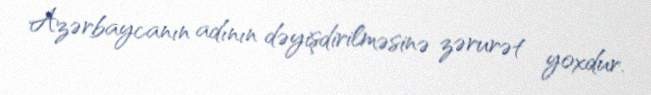
Azərbaycanın adının dəyişdirilməsinə zərurət yoxdur.